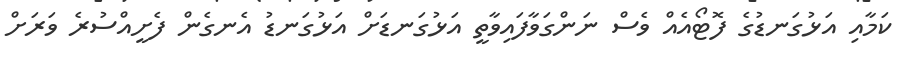
ކަމާއި އަޅުގަނޑުގެ ފޮޓޯއެއް ވެސް ނަންގަވާފައިވާތީ އަޅުގަނޑަށް އަޅުގަނޑު އެނގެން ފެށީއްސުރެ ވަރަށް